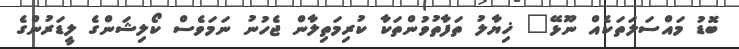
ބޮޑު މައްސަލަތަކެއް ނޫޅޭ" ޚިޔާލު ތަފާތުވުންތަކާ ކުރިމަތިލާން ޖެހުނު ނަމަވެސް ކޯލިޝަންގެ ލީޑަރުންގެ